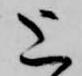
上